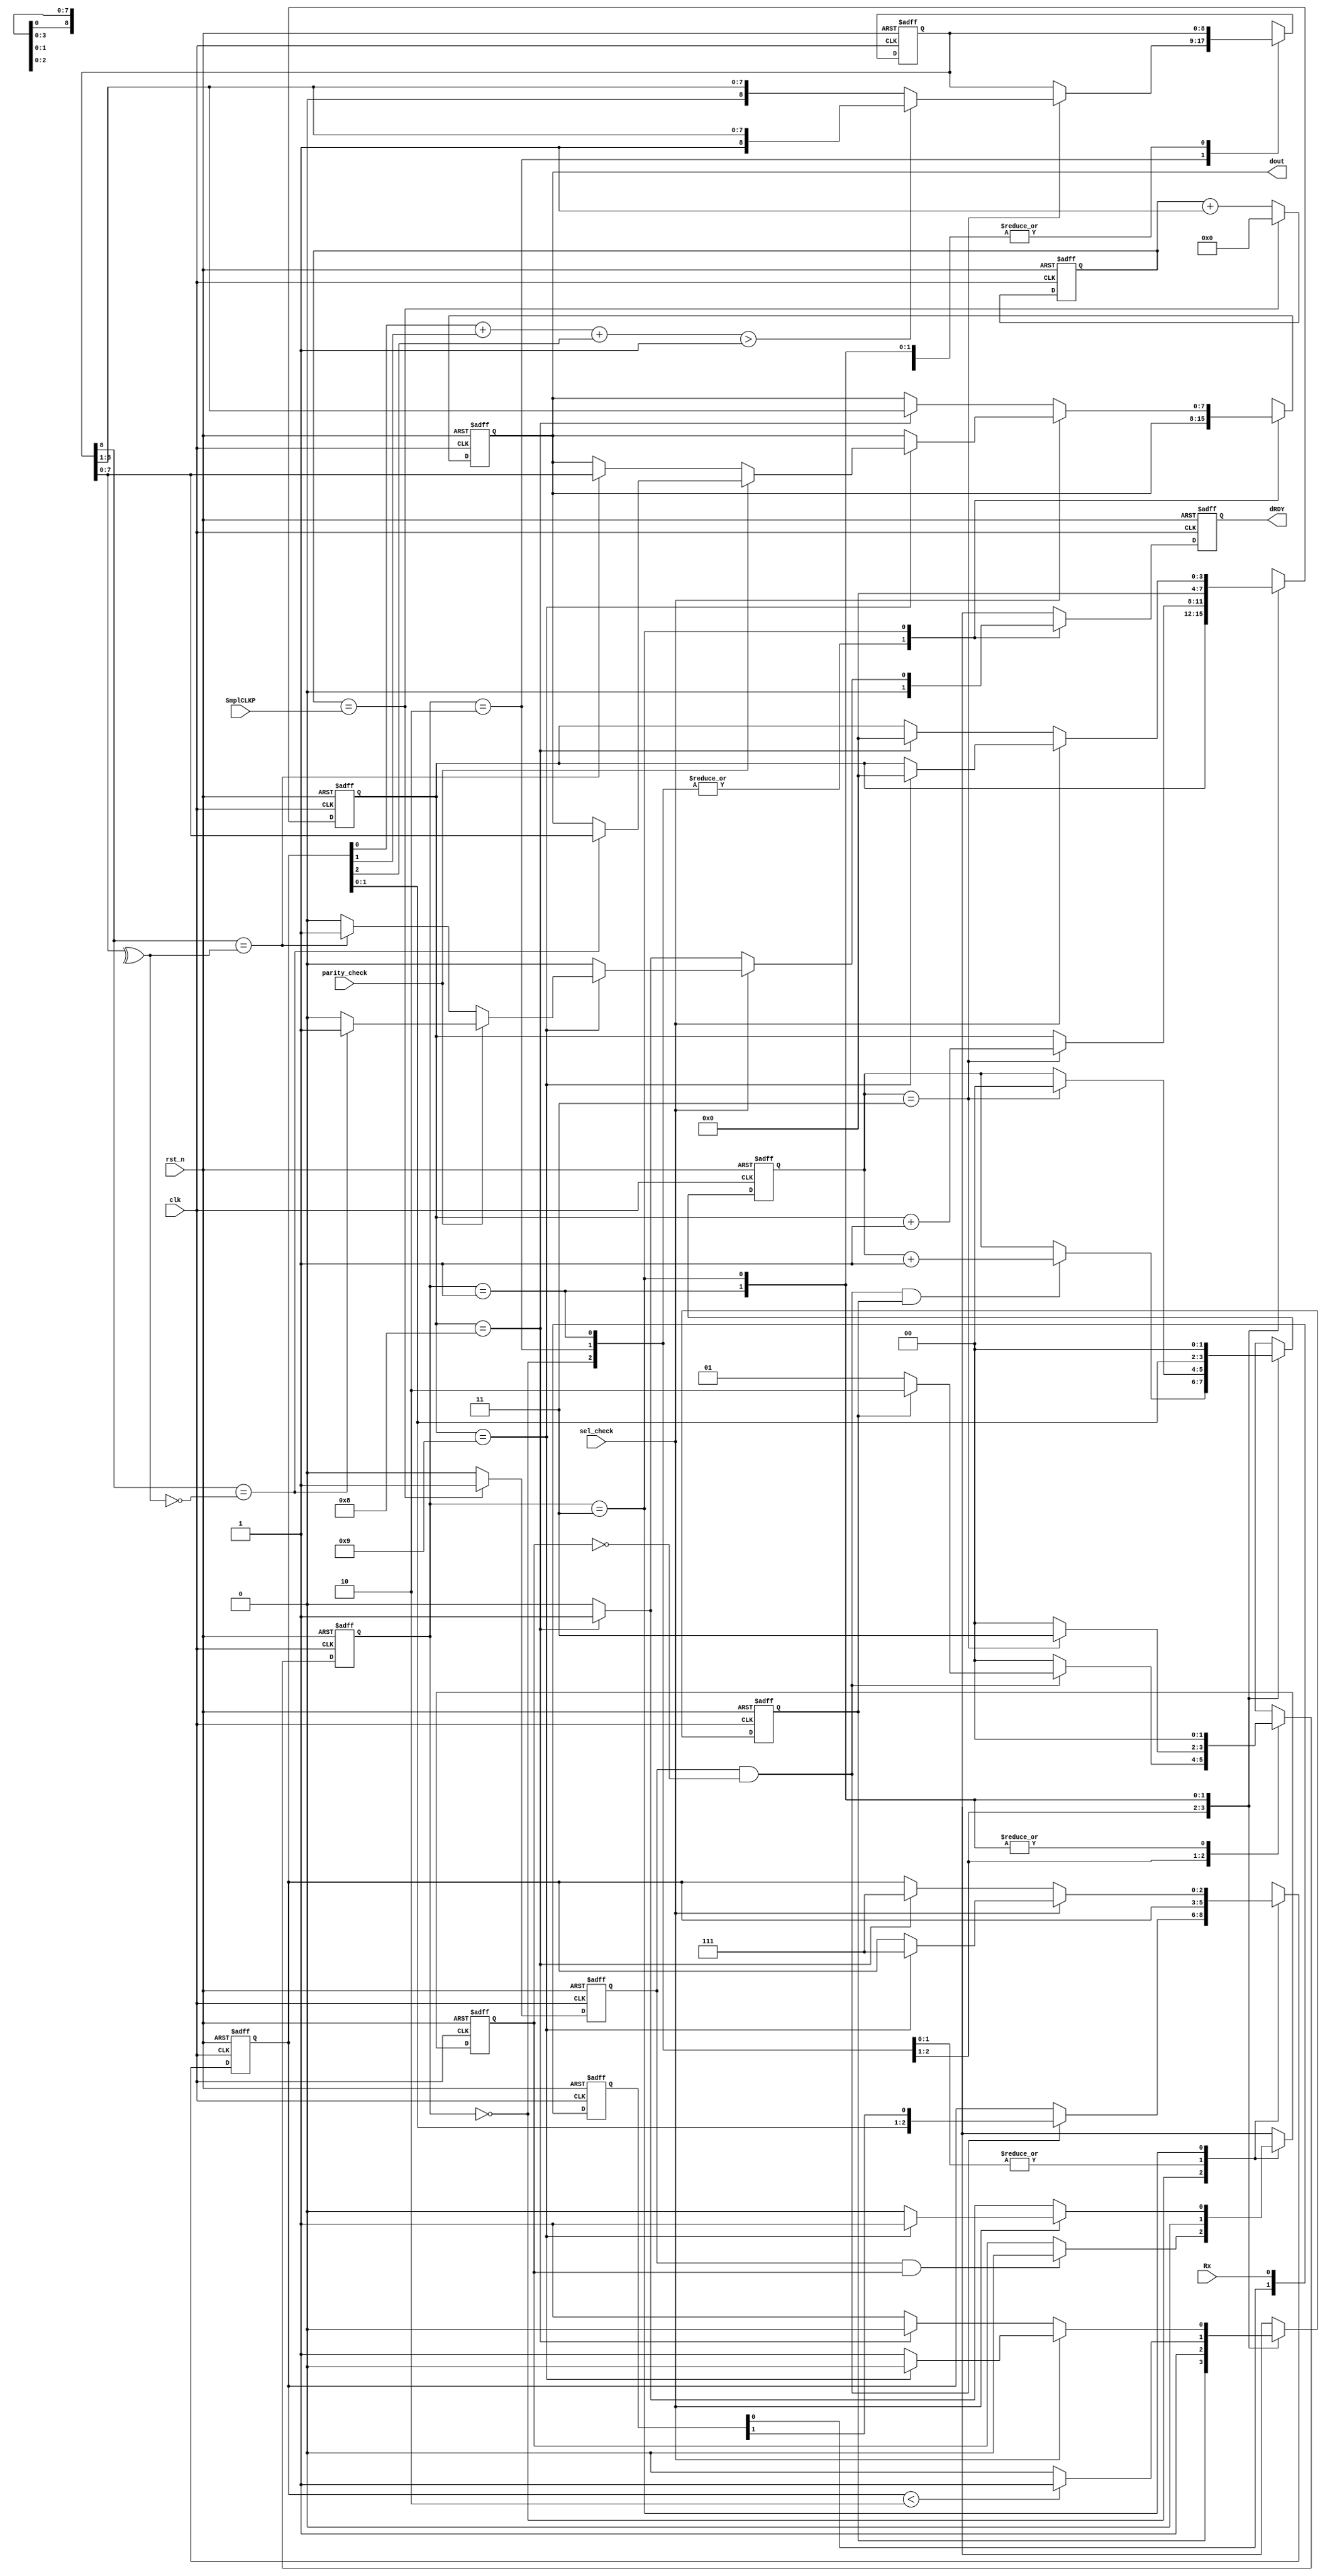
module uart_rx
(
	input 				rst_n,           /* 0                */
	input   		    clk,             /*                          */  
	input 				Rx,              /*                      */
	input               sel_check,       /* 10   */
	input               parity_check,    /* 10   */
	input       [6:0]   SmplCLKP,        /* =//3 -1*/
	output	reg 		dRDY,            /*                      */
	output	reg	[7:0]   dout             /*                      */ 
);
// localparam 	SmplCLKP 	= 8'd173;  //60e6/115200/3=173.6
reg	[6:0]	Smpl_cnt;
reg  				SmplFlag;  
reg [1:0]   Rx_R; 
always @(posedge clk or negedge rst_n)	begin
	if(~rst_n)begin
		Smpl_cnt<= 7'd0;	
		SmplFlag<= 1'b0; 
		Rx_R    <=2'b11;
	end
	else	begin			
		Rx_R<={Rx_R[0],Rx};
		if(Smpl_cnt==SmplCLKP)begin
			Smpl_cnt<=7'd0;
			SmplFlag<=1'b1;	
		end
		else begin
		  Smpl_cnt<=Smpl_cnt+7'd1;
		  SmplFlag<=1'b0;
	  end  
	end
end

reg  	[1:0] 	state /* synthesis syn_encoding = "safe" */ ;
reg  	[2:0] 	DatR; 		
reg  	[1:0] 	SmplCnt;
reg  					StartBit,EndBit;
reg  	[8:0] 	RcvData;	
reg  	[3:0] 	RcvCounter; 	
wire 	[1:0] 	acc;
assign 				acc		= {1'b0,DatR[0]}+{1'b0,DatR[1]}+{1'b0,DatR[2]};
always	@(posedge clk or negedge rst_n)	begin
	if(~rst_n)		begin
		dRDY		    <= 1'b0;	
		dout		    <= 8'd0;		
		state		    <= 2'd0;	
		DatR		    <= 3'b111;	
		SmplCnt	    <= 2'd0;			
		EndBit      <= 1'b0;
		StartBit    <= 1'b0;	
		RcvData	    <= 9'd0;		
		RcvCounter	<= 4'd0;	
	end
	else begin		
    case(state)
      2'd0:begin
        RcvCounter <= RcvCounter;
        RcvData	<= RcvData;
        StartBit <= StartBit; 
        dRDY <= 1'b0;
			  dout <= dout;
        if((SmplFlag==1'b1)&&(EndBit==1'b0)&&(StartBit==1'b1))begin
			    SmplCnt	<= SmplCnt+2'd1;
			  end
			  else begin
			    SmplCnt	<= SmplCnt;
			  end
        if((SmplFlag==1'b1)&&(EndBit==1'b1))begin
			    EndBit<=1'b0;
			  end
			  else begin
			    EndBit<=EndBit;
			  end
        if((SmplFlag==1'b1)&&(EndBit==1'b0))begin
          DatR <= {DatR[1:0],Rx_R[1]};
        end
        else begin
          DatR <= DatR;
        end        
        if((SmplFlag==1'b1)&&(EndBit==1'b0))begin
			    if(StartBit==1'b1)begin
					  state <= 2'd2;
				  end
				  else begin
				    state	<= 2'd1;
				  end
				end
				else begin
				  state	<= 2'd0;
				end
		  end
		  2'd2:begin
		    if(SmplCnt==2'b11)begin
			    SmplCnt <= 2'd0;
			    RcvCounter <= RcvCounter+4'd1;
			    state <= 2'd3;
			    if(acc>2'd1)begin
			      RcvData	<= {1'b1,RcvData[8:1]};
			    end
			    else begin
			      RcvData	<= {1'b0,RcvData[8:1]};
			    end
			  end
			  else begin
			    SmplCnt <= SmplCnt;
			    RcvCounter <= RcvCounter;
			    state	<= 2'd0;
			    RcvData	<= RcvData;
			  end
		    StartBit <= 1'b1; 
		    EndBit <= 1'b0;
		    dRDY <= 1'b0;
			  dout <= dout;
		    DatR <= DatR;
		  end
		  2'd1:begin
        SmplCnt	<= DatR[1:0];	
        RcvCounter <= 4'd0;
        RcvData	<= RcvData;
        EndBit <= 1'b0;
		    dRDY <= 1'b0;
			  dout <= dout;
		    DatR <= DatR;
		    state<= 2'd0;
		    if(DatR<3'd2)begin
			    StartBit <= 1'b1; 
			  end
			  else begin
			    StartBit <= 1'b0;
			  end
		  end
		  2'd3:begin
		    if(sel_check==1'b1)begin
				  if(RcvCounter==4'h9)	begin
			      RcvCounter	<= 4'd0;
			      StartBit <= 1'b0;
			      EndBit <= 1'b1;
			      DatR <= 3'b111;
		      end
		      else begin
            RcvCounter <= RcvCounter;
            StartBit <= 1'b1;
            EndBit <= 1'b0;
            DatR <= DatR;
		      end
		      if(RcvCounter==4'h9)begin
				    if(parity_check==1'b1)begin ////
		           if(RcvData[8]==~(^RcvData[7:0]))begin  
                 dRDY <= 1'b1;
			           dout <= RcvData[7:0];
	             end
	             else begin
			             dRDY <= 1'b0;
			             dout <= dout;
			         end
				  	end
				  	else begin ////
		           if(RcvData[8]==(^RcvData[7:0]))begin  
                 dRDY <= 1'b1;
			           dout <= RcvData[7:0];
	             end
	             else begin
			             dRDY <= 1'b0;
			             dout <= dout;
			         end
				  	end
			    end
	        else begin
	          dRDY <= 1'b0;
			      dout <= dout;
	        end
				end
				else begin  ////
          if(RcvCounter==4'h8)	begin
			      RcvCounter	<= 4'd0;
			      StartBit <= 1'b0;
			      EndBit <= 1'b1;
			      DatR <= 3'b111;
		      end
		      else begin
            RcvCounter <= RcvCounter;
            StartBit <= 1'b1;
            EndBit <= 1'b0;
            DatR <= DatR;
		      end
		      if(RcvCounter==4'h8)begin
				    dRDY <= 1'b1;
			      dout <= RcvData[8:1];
			    end
	        else begin
	          dRDY <= 1'b0;
			      dout <= dout;
	        end
				end
	      SmplCnt <= 2'd0;
		    RcvData	<= RcvData;
		    state<= 2'd0;
		  end
		  default:begin
		    SmplCnt <= 2'd0;
		    RcvCounter	<= 4'd0;
		    RcvData <= 9'd0;
		    StartBit <= 1'b0;
		    EndBit <= 1'b0;
		    dRDY <= 1'b0;
			  dout <= dout;
		    DatR <= 3'b111;
		    state<= 2'd0;
		  end
	  endcase
	end
end
endmodule